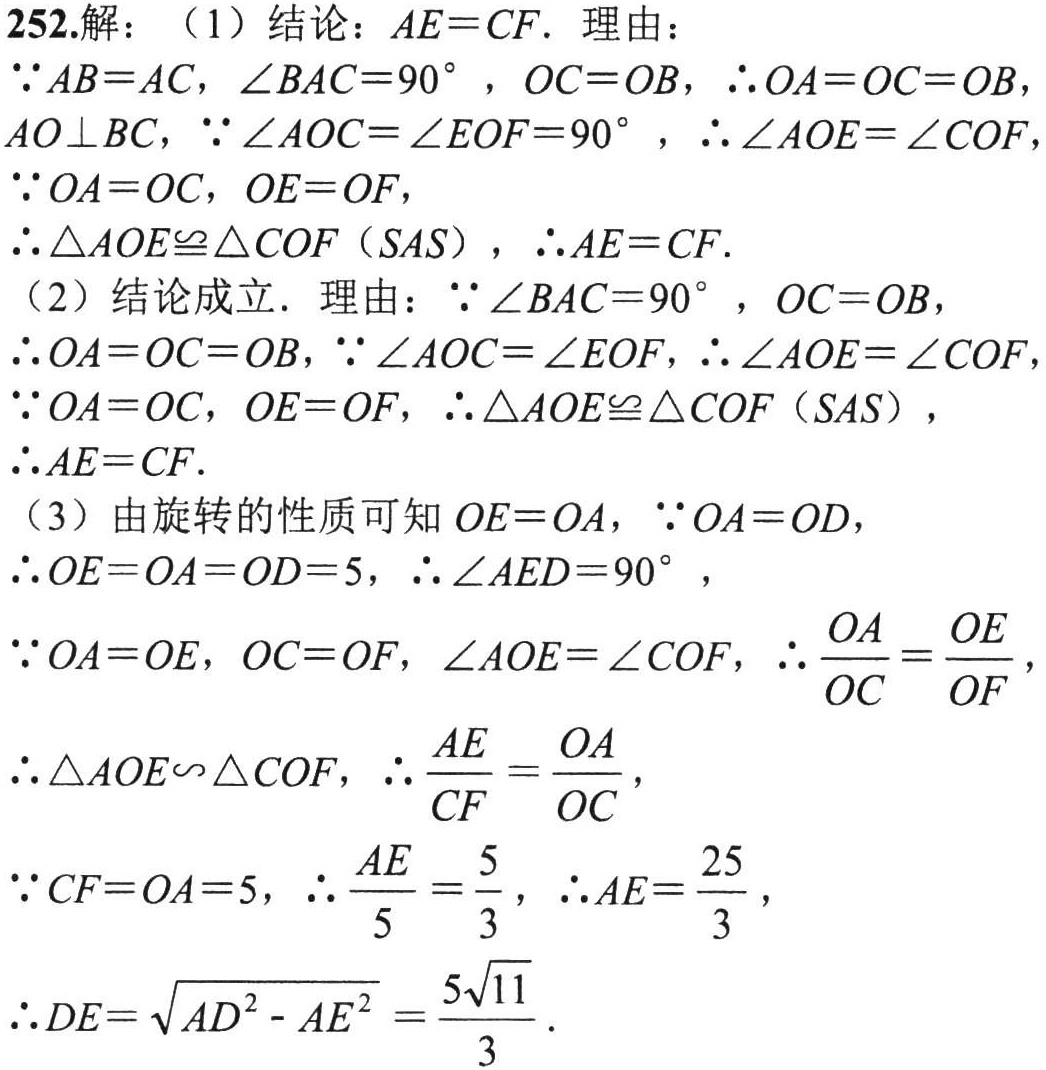
252.解：

（1）结论：\(AE = CF\). 理由：

\(\because AB = AC\)，\(\angle BAC = 90^{\circ}\)，\(OC = OB\)，\(\therefore OA = OC = OB\)，\(AO\perp BC\)，\(\because\angle AOC=\angle EOF = 90^{\circ}\)，\(\therefore\angle AOE=\angle COF\)

\(\because OA = OC\)，\(OE = OF\)，

\(\therefore\triangle AOE\cong\triangle COF\)（\(SAS\)），\(\therefore AE = CF\).

（2）结论成立. 理由：\(\because\angle BAC = 90^{\circ}\)，\(OC = OB\)，

\(\therefore OA = OC = OB\)，\(\because\angle AOC=\angle EOF\)，\(\therefore\angle AOE=\angle COF\)

\(\because OA = OC\)，\(OE = OF\)，\(\therefore\triangle AOE\cong\triangle COF\)（\(SAS\)），

\(\therefore AE = CF\).

（3）由旋转的性质可知\(OE = OA\)，\(\because OA = OD\)，

\(\therefore OE = OA = OD = 5\)，\(\therefore\angle AED = 90^{\circ}\)，

\(\because OA = OE\)，\(OC = OF\)，\(\angle AOE=\angle COF\)，\(\therefore\frac{OA}{OC}=\frac{OE}{OF}\)，

\(\therefore\triangle AOE\sim\triangle COF\)，\(\therefore\frac{AE}{CF}=\frac{OA}{OC}\)，

\(\because CF = OA = 5\)，\(\therefore\frac{AE}{5}=\frac{5}{3}\)，\(\therefore AE=\frac{25}{3}\)，

\(\therefore DE=\sqrt{AD^{2}-AE^{2}}=\frac{5\sqrt{11}}{3}\).